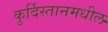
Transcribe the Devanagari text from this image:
कुर्दिस्तानमधील